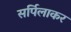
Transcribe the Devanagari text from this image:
सर्पिलाकर